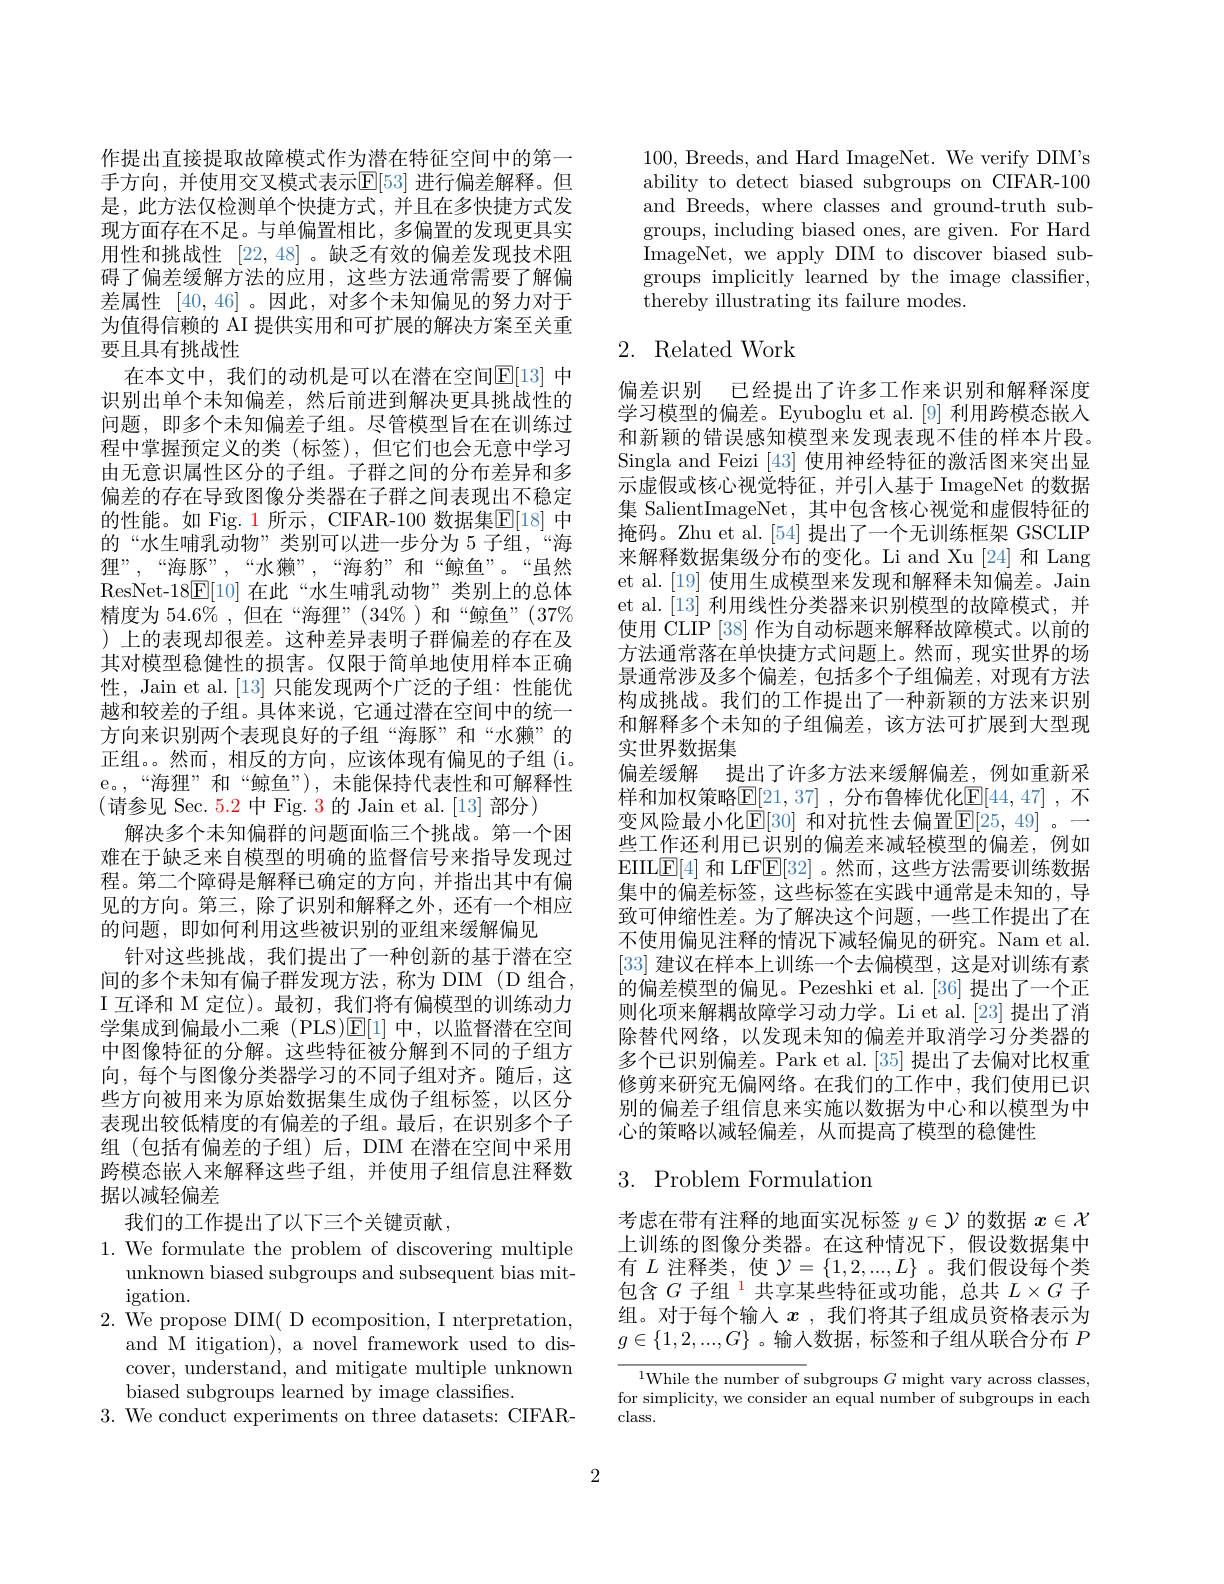
作提出直接提取故障模式作为潜在特征空间中的第一手方向，并使用交叉模式表示$\mathbb{E}[53]$ 进行偏差解释。但是，此方法仅检测单个快捷方式，并且在多快捷方式发现方面存在不足。与单偏置相比，多偏置的发现更具实用性和挑战性 [22,48] 。缺乏有效的偏差发现技术阻碍了偏差缓解方法的应用，这些方法通常需要了解偏差属性[40,46] 。因此，对多个未知偏见的努力对于为值得信赖的$\dot{\text{AI 提供实用和可扩展的解决方案至关重}}$ 要且具有挑战性
在本文中，我们的动机是可以在潜在空间$\boxed{\mathbb{E}}[13]$ 中识别出单个未知偏差，然后前进到解决更具挑战性的问题，即多个未知偏差子组。尽管模型旨在在训练过程中掌握预定义的类(标签),但它们也会无意中学习由无意识属性区分的子组。子群之间的分布差异和多偏差的存在导致图像分类器在子群之间表现出不稳定的性能。如 Fig. 1 所示，CIFAR-100 数据集$\overline{\mathbb{E}}[18]$ 中的“水生哺乳动物”类别可以进一步分为 5 子组，“海狸”,“海豚”,“水獭”,“海豹”和“鲸鱼”。“虽然ResNet-18$\underline{\mathrm{E}}[10]$在此“水生哺乳动物”类别上的总体精度为 54.6% , 但在“海狸”(34%)和“鲸鱼”(37% )上的表现却很差。这种差异表明子群偏差的存在及其对模型稳健性的损害。仅限于简单地使用样本正确性，Jain et al.[13] 只能发现两个广泛的子组：性能优越和较差的子组。具体来说，它通过潜在空间中的统一方向来识别两个表现良好的子组“海豚”和“水獭”的正组。。然而，相反的方向，应该体现有偏见的子组(i。e。,“海狸”和“鲸鱼”),未能保持代表性和可解释性(请参见 Sec. 5.2 中 Fig. 3 的 Jain et al. [13] 部分)
解决多个未知偏群的问题面临三个挑战。第一个困难在于缺乏来自模型的明确的监督信号来指导发现过程。第二个障碍是解释已确定的方向，并指出其中有偏见的方向。第三，除了识别和解释之外，还有一个相应的问题，即如何利用这些被识别的亚组来缓解偏见
针对这些挑战，我们提出了一种创新的基于潜在空间的多个未知有偏子群发现方法，称为 DIM(D 组合， I 互译和 M 定位)。最初，我们将有偏模型的训练动力学集成到偏最小二乘 (PLS)$\mathbb{E}[1]$中，以监督潜在空间中图像特征的分解。这些特征被分解到不同的子组方向，每个与图像分类器学习的不同子组对齐。随后，这些方向被用来为原始数据集生成伪子组标签，以区分表现出较低精度的有偏差的子组。最后，在识别多个子组 (包括有偏差的子组)后，DIM 在潜在空间中采用跨模态嵌入来解释这些子组，并使用子组信息注释数据以减轻偏差
我们的工作提出了以下三个关键贡献，
$1.{\mathrm{~We~formulate~the~problem~of~discovering~multiple}}$
unknown biased subgroups and subsequent bias mit-
$\operatorname{igation}.$
2. We propose DIM( D ecomposition, I nterpretation,
and M itigation), a novel framework used to discover, understand, and mitigate multiple unknown biased subgroups learned by image classifies.
3. We conduct experiments on three datasets: CIFAR-

100, Breeds, and Hard ImageNet. We verify DIM's ability to detect biased subgroups on CIFAR-100 and Breeds, where classes and ground-truth subgroups, including biased ones, are given. For Hard ImageNet, we apply DIM to discover biased subgroups implicitly learned by the image classifier, thereby illustrating its failure modes.

# 2. Related Work

偏差识别 已经提出了许多工作来识别和解释深度学习模型的偏差。Eyuboglu et al.[9] 利用跨模态嵌入和新颖的错误感知模型来发现表现不佳的样本片段。Singla and Feizi [43] 使用神经特征的激活图来突出显示虚假或核心视觉特征，并引人基于 ImageNet 的数据集 SalientImageNet, 其中包含核心视觉和虚假特征的掩码。Zhu et al.[54] 提出了一个无训练框架 GSCLIP 来解释数据集级分布的变化。Li and Xu[24] 和 Lang et al.[19] 使用生成模型来发现和解释未知偏差。Jain et al.[13] 利用线性分类器来识别模型的故障模式，并使用 CLIP [38] 作为自动标题来解释故障模式。以前的方法通常落在单快捷方式问题上。然而，现实世界的场景通常涉及多个偏差，包括多个子组偏差，对现有方法构成挑战。我们的工作提出了一种新颖的方法来识别和解释多个未知的子组偏差，该方法可扩展到大型现实世界数据集
偏差缓解 提出了许多方法来缓解偏差，例如重新采样和加权策略$\mathbb{E}[21,37]$ ,分布鲁棒优化$\mathbb{E}[44,47]$ ,不变风险最小化$\mathbb{E}[30]$ 和对抗性去偏置$\mathbb{E}[25,49]$ 。一些工作还利用已识别的偏差来减轻模型的偏差，例如EIIL$\underline{\mathrm{E}}[4]$和 LfF$\underline{\mathrm{E}}[32]$ 。然而 ,这些方法需要训练数据集中的偏差标签，这些标签在实践中通常是未知的，导致可伸缩性差。为了解决这个问题，一些工作提出了在不使用偏见注释的情况下减轻偏见的研究。Nam et al. [33]建议在样本上训练一个去偏模型，这是对训练有素的偏差模型的偏见。Pezeshki et al.[36] 提出了一个正则化项来解耦故障学习动力学。Li et al.[23] 提出了消除替代网络，以发现未知的偏差并取消学习分类器的多个已识别偏差。Park et al.[35] 提出了去偏对比权重修剪来研究无偏网络。在我们的工作中，我们使用已识别的偏差子组信息来实施以数据为中心和以模型为中心的策略以减轻偏差，从而提高了模型的稳健性

# 3. Problem Formulation

考虑在带有注释的地面实况标签$y\in\mathcal{Y}$的数据$x\in\mathcal{X}$ 上训练的图像分类器。在这种情况下，假设数据集中有$L$注释类，使$\mathcal{Y}=\{1,2,...,L\}$ 。我们假设每个类包含$G\text{ 子组 }^{1}$共享某些特征或功能，总共$L\times G$子组。对于每个输入$x$ ,我们将其子组成员资格表示为$g\in\{1,2,...,G\}$ 。输入数据，标签和子组从联合分布$P$

$^{1}$While the number of subgroups $G$ might vary across classes for simplicity, we consider an equal number of subgroups in each $\operatorname{class.}$

2